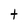
Character: t